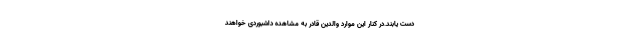
دست یابند.در کنار این موارد والدین قادر به مشاهده داشبوردی خواهند